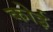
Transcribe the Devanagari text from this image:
कोई